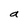
Character: a